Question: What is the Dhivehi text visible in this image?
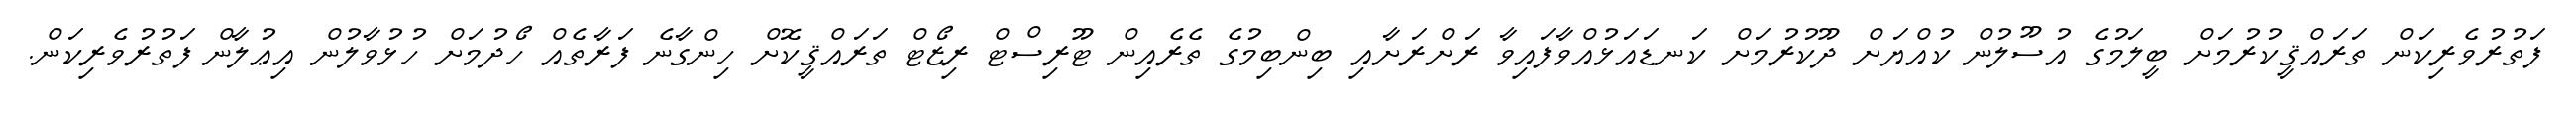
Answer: ފަތުރުވެރިކަން ތަރައްޤީކުރުމަށް ބީލަމުގެ އުސޫލުން ކުއްޔަށް ދޫކުރުމަށް ކަނޑައަޅުއްވާފައިވާ ރަށްރަށާއި ބިންބިމުގެ ތެރެއިން ޓޫރިސްޓް ރިޒޯޓް ތަރައްޤީކޮށް ހިންގާނެ ފަރާތެއް ހޯދުމަށް ހުޅުވާލުން އިޢުލާން ފަތުރުވެރިކަން.